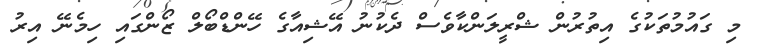
މި ގައުމުތަކުގެ އިތުރުން ޝްރީލަންކާވެސް ދެކުނު އޭޝިއާގެ ހޭންޑްބޯލް ޒޯންގައި ހިމެނޭ އިރު